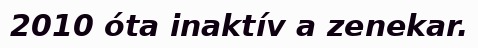
2010 óta inaktív a zenekar.